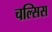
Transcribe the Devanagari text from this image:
चल्सिस